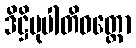
ဒိဋ္ဌိမုပါတိဝတ္တော